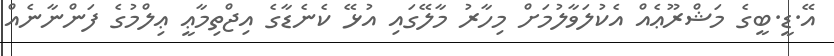
އޭ.ޑީ.ބީގެ މަޝްރޫޢެއް އެކުލަވާލުމަށް މިހާރު މާލޭގައި އުޅޭ ކެނެޑާގެ އިޖްތިމާޢީ ޢިލްމުގެ ފަންނާނެއް